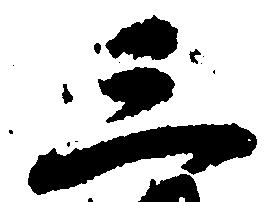
三